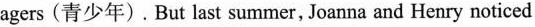
agers(青少年).But last summer, Joanna and Henry noticed